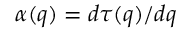
\alpha ( q ) = d \tau ( q ) / d q